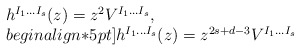
\begin{align*}\begin{array}{l}h^{I_1\ldots I_s}(z)=z^2 V^{I_1\ldots I_s},\;\;\\begin{align*}5pt]h^{I_1\ldots I_s}(z)=z^{2s+d-3} V^{I_1\ldots I_s}\end{array}\end{align*}